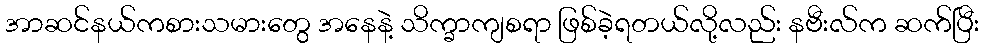
အာဆင်နယ်ကစားသမားတွေ အနေနဲ့ သိက္ခာကျစရာ ဖြစ်ခဲ့ရတယ်လို့လည်း နဗီးလ်က ဆက်ပြီး